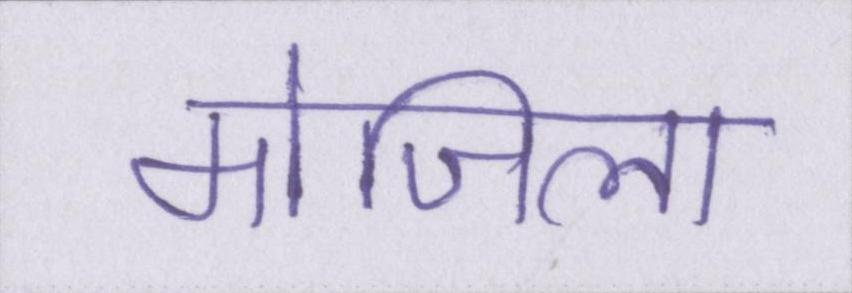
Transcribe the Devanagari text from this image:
मोजिला